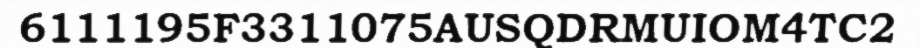
6111195F3311075AUSQDRMUIOM4TC2